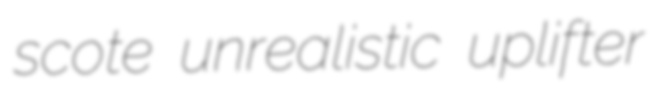
scote unrealistic uplifter